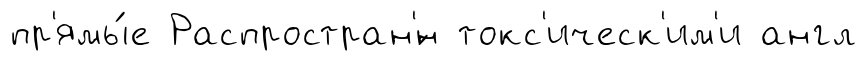
пр'ямы́е Распростран'́н токс'ическ'им'и англ